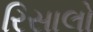
રિસાલો